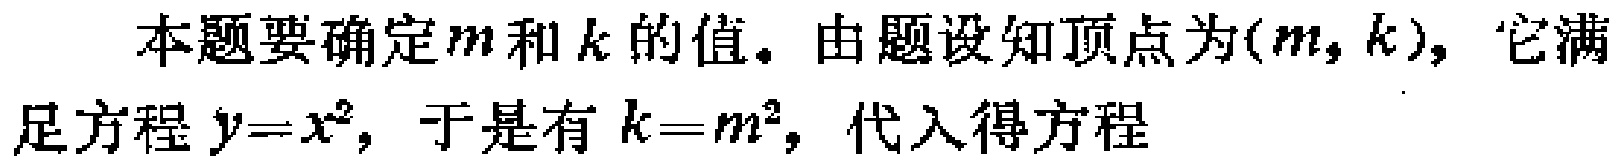
本题要确定\(m\)和\(k\)的值。由题设知顶点为\((m,k)\)，它满足方程\(y = x^{2}\)，于是有\(k = m^{2}\)，代入得方程